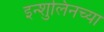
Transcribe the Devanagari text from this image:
इन्शुलिनच्या